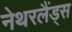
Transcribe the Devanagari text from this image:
नेथरलैंड्स